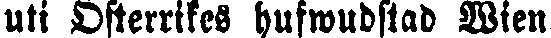
uti Österrikes hufwudstad Wien